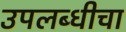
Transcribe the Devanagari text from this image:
उपलब्धीचा